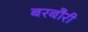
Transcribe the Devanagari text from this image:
बरबौरी